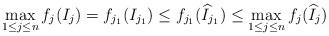
LaTeX: \begin{align*}\max_{1\leq j\leq n} f_j(I_j)=f_{j_1}(I_{j_1})\leq f_{j_1}(\widehat{I}_{j_1})\leq \max_{1\leq j\leq n} f_j(\widehat I_j)\end{align*}